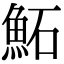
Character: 鮖